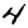
Digit: 4